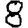
Digit: 8